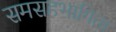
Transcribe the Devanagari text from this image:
समसहभागिता